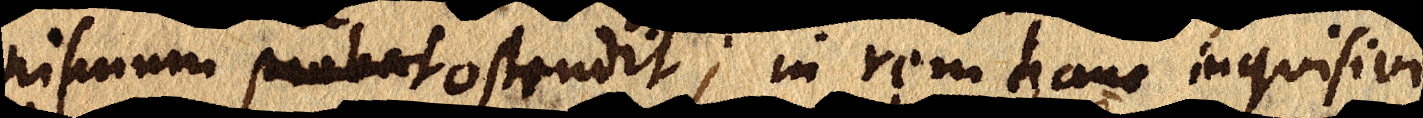
nismun probat ostendit; in rem hanc inquisivi